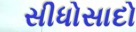
સીધોસાદો